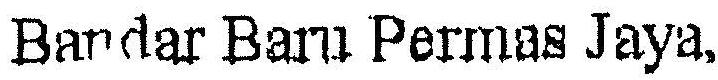
BANDAR BARU PERMAS JAYA.